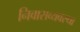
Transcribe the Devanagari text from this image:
निवासव्यवस्था